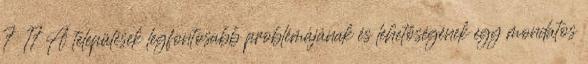
7 17 A települések legfontosabb problémájának és lehetőségének egy mondatos